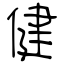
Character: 健